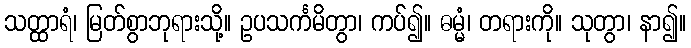
သတ္ထာရံ၊ မြတ်စွာဘုရားသို့။ ဥပသင်္ကမိတွာ၊ ကပ်၍။ ဓမ္မံ၊ တရားကို။ သုတွာ၊ နာ၍။